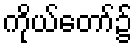
ကိုယ်တော်၌